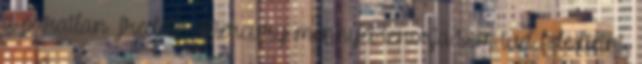
a páratlan Freddie Mercury mennyei tenorja sem tud feledtetni.